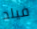
فيلد